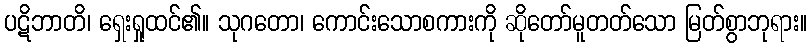
ပဋိဘာတိ၊ ရှေးရှုထင်၏။ သုဂတော၊ ကောင်းသောစကားကို ဆိုတော်မူတတ်သော မြတ်စွာဘုရား။